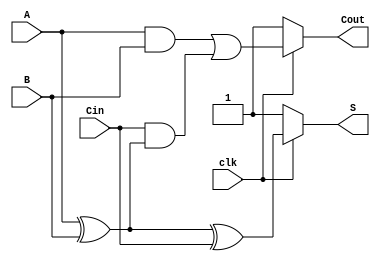
module DynamicFullAdder (
    input wire A,     // First binary input
    input wire B,     // Second binary input
    input wire Cin,   // Carry-in input
    input wire clk,   // Clock signal
    output wire S,    // Sum output
    output wire Cout  // Carry-out output
);

    // Internal wires for dynamic logic
    wire S1, S2;  // Intermediate wires for sum calculation
    wire C1, C2;  // Intermediate wires for carry calculation

    // Precharge phase (when clk is low)
    wire precharge_S, precharge_Cout;
    assign precharge_S = clk ? 1'b0 : 1'b1;  // Pull up during precharge
    assign precharge_Cout = clk ? 1'b0 : 1'b1; // Pull up during precharge

    // Sum calculation (S = A XOR B XOR Cin)
    assign S1 = A ^ B;          // Intermediate XOR
    assign S = clk ? (S1 ^ Cin) : precharge_S; // Sum output during evaluation

    // Carry-out calculation (Cout = (A AND B) OR (Cin AND (A XOR B)))
    assign C1 = A & B;          // A AND B
    assign C2 = Cin & S1;       // Cin AND (A XOR B)
    assign Cout = clk ? (C1 | C2) : precharge_Cout; // Carry-out during evaluation

endmodule